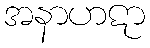
အနာဟဋာ